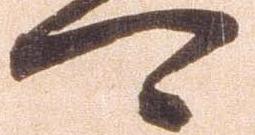
可